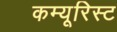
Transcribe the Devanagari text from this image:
कम्यूरिस्ट